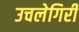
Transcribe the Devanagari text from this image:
उचलेगिरी